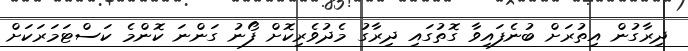
ދިރާގުން އިތުރަށް ބުނެފައިވާ ގޮތުގައި ދިރާގު މެދުވެރިކޮށް ފޯނު ގަންނަ ކޮންމެ ކަސްޓަމަރަކަށް